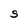
Character: S